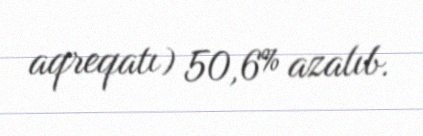
aqreqatı) 50,6% azalıb.